Indian journal of veterinary science and animal husbandry - Volumes 26-27, 1956-1957
Year: 1956
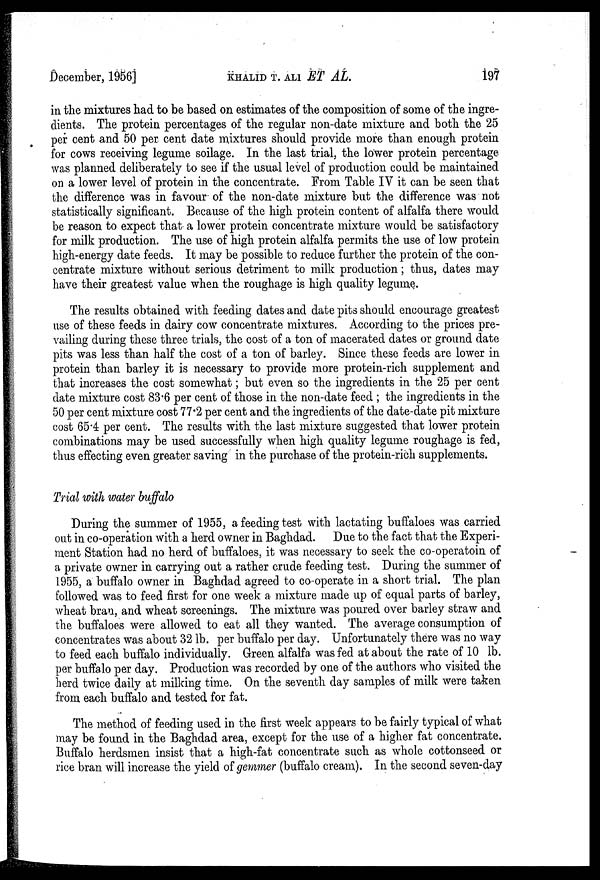
December, 1956] KHALID T. ALI ET AL.
197
in the mixtures had to be based on estimates of the composition of some of the ingre-
dients. The protein percentages of the regular non-date mixture and both the 25
per cent and 50 per cent date mixtures should provide more than enough protein
for cows receiving legume soilage. In the last trial, the lower protein percentage-
was planned deliberately to see if the usual level of production could be maintained
on a lower level of protein in the concentrate. From Table IV it can be seen that
the difference was in favour of the non-date mixture but the difference was not
statistically significant. Because of the high protein content of alfalfa there would
be reason to expect that a lower protein concentrate mixture would be satisfactory
for milk production. The use of high protein alfalfa permits the use of low protein
high-energy date feeds. It may be possible to reduce further the protein of the con-
centrate mixture without serious detriment to milk production; thus, dates may
have their greatest value when the roughage is high quality legume.
The results obtained with feeding dates and date pits should encourage greatest
use of these feeds in dairy cow concentrate mixtures. According to the prices pre-
vailing during these three trials, the cost of a ton of macerated dates or ground date
pits was less than half the cost of a ton of barley. Since these feeds are lower in
protein than barley it is necessary to provide more protein-rich supplement and
that increases the cost somewhat; but even so the ingredients in the 25 per cent
date mixture cost 83.6 per cent of those in the non-date feed ; the ingredients in the
50 per cent mixture cost 77.2 per cent and the ingredients of the date-date pit mixture
cost 65.4 per cent. The results with the last mixture suggested that lower protein
combinations may be used successfully when high quality legume roughage is fed,
thus effecting even greater saving in the purchase of the protein-rich supplements.
Trial with water buffalo
During the summer of 1955, a feeding test with lactating buffaloes was carried
out in co-operation with a herd owner in Baghdad. Due to the fact that the Experi-
ment Station had no herd of buffaloes, it was necessary to seek the co-operatoin of
a private owner in carrying out a rather crude feeding test. During the summer of
1955, a buffalo owner in Baghdad agreed to co-operate in a short trial. The plan
followed was to feed first for one week a mixture made up of equal parts of barley,
wheat bran, and wheat screenings. The mixture was poured over barley straw and
the buffaloes were allowed to eat all they wanted. The average consumption of
concentrates was about 32 lb. per buffalo per day. Unfortunately there was no way
to feed each buffalo individually. Green alfalfa was fed at about the rate of 10 lb.
per buffalo per day. Production was recorded by one of the authors who visited the
herd twice daily at milking time. On the seventh day samples of milk were taken
from each buffalo and tested for fat.
The method of feeding used in the first week appears to be fairly typical of what
may be found in the Baghdad area, except for the use of a higher fat concentrate.
Buffalo herdsmen insist that a high-fat concentrate such as whole cottonseed or
rice bran will increase the yield of gemmer (buffalo cream). In the second seven-day